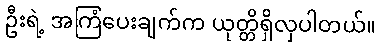
ဦးရဲ့ အကြံပေးချက်က ယုတ္တိရှိလှပါတယ်။